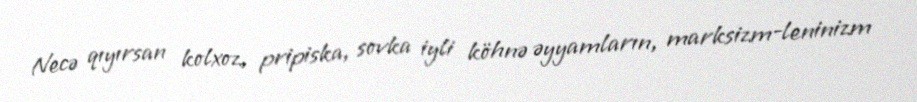
Necə qıyırsan kolxoz, pripiska, sovka iyli köhnə əyyamların, marksizm-leninizm